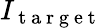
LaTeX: I_{\mathrm{~t~a~r~g~e~t~}}